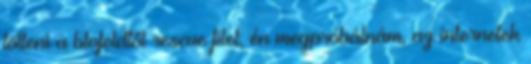
tölteni a blofeldtől rescue filet, én megpróbálnám, az internetek